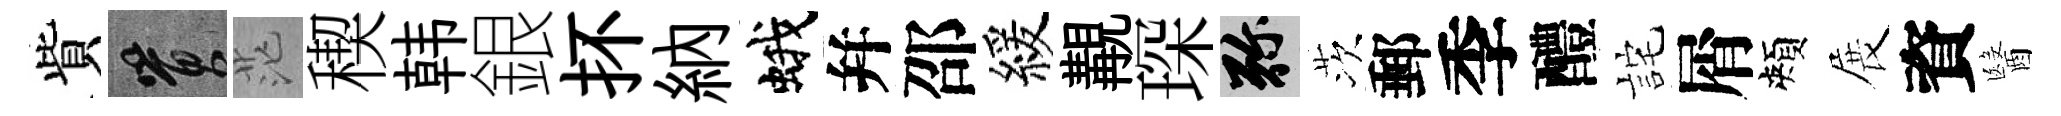
貲篔茫稧韩銀抔納蛾幷邵緩覯琛弥茨郵季醴詫屑頰展資醫